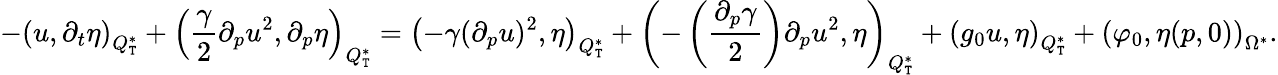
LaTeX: -\left(u,\partial_{t}\eta\right)_{Q_{\mathtt{T}}^{*}}+\left(\frac{{\gamma}}{{2}}\partial_{p}u^{2},\partial_{p}\eta\right)_{Q_{\mathtt{T}}^{*}}=\left(-\gamma(\partial_{p}u)^{2},\eta\right)_{Q_{\mathtt{T}}^{*}}+\left(-\left(\frac{{\partial_{p}\gamma}}{{2}}\right)\partial_{p}u^{2},\eta\right)_{Q_{\mathtt{T}}^{*}}+\left(g_{0}u,\eta\right)_{Q_{\mathtt{T}}^{*}}+\left(\varphi_{0},\eta(p,0)\right)_{\Omega^{*}}.